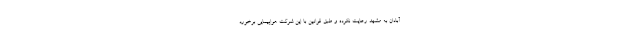
آبادان به مشهد رعایت نکرده و طبق قوانین با این شرکت هواپیمایی برخورد